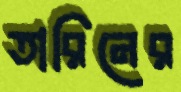
তারিনের